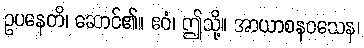
ဥပနေတိ၊ ဆောင်၏။ ဧဝံ၊ ဤသို့။ အာယာစနဝသေန၊